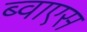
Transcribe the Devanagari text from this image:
ब्वाएस